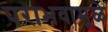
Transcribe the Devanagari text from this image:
पराभवामूळे